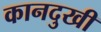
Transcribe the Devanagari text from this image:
कानदुखी